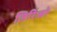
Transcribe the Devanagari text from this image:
जिरिंज्हो